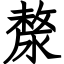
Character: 漦